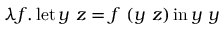
\lambda f . \operatorname { l e t } y \ z = f \ ( y \ z ) \operatorname { i n } y \ y